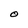
Character: O